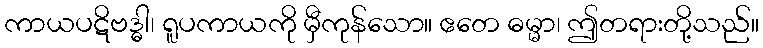
ကာယပဋိဗဒ္ဓါ၊ ရူပကာယကို မှီကုန်သော။ ဧတေ ဓမ္မာ၊ ဤတရားတို့သည်။